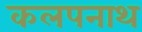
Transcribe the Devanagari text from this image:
कलपनाथ